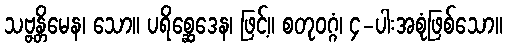
သဗ္ဗန္တိမေန၊ သော။ ပရိစ္ဆေဒေန၊ ဖြင့်။ စတုဝဂ္ဂံ၊ ၄-ပါးအစုံဖြစ်သော။